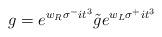
LaTeX: \begin{align*}g=e^{w_R\sigma^-it^3}{\tilde g}e^{w_L\sigma^+it^3}\end{align*}